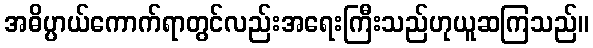
အဓိပ္ပာယ်ကောက်ရာတွင်လည်းအရေးကြီးသည်ဟုယူဆကြသည်။